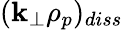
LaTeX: (\mathbf{k}_{\perp}\rho_{p})_{diss}